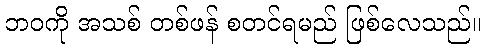
ဘဝကို အသစ် တစ်ဖန် စတင်ရမည် ဖြစ်လေသည်။